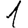
Digit: 1